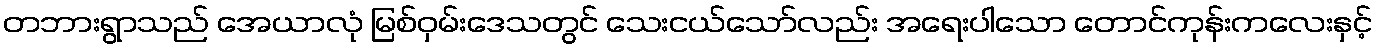
တဘားရွာသည် အေယာလုံ မြစ်ဝှမ်းဒေသတွင် သေးငယ်သော်လည်း အရေးပါသော တောင်ကုန်းကလေးနှင့်